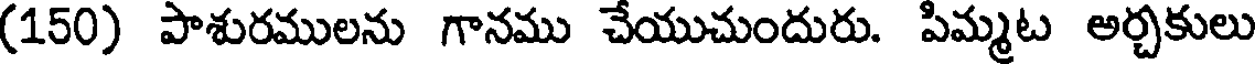
(150) పాశురములను గానము చేయుచుందురు. పిమ్మట అర్చకులు